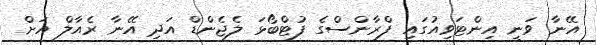
އޭނާ ވަނީ އިންޓަވިއުގައި ފްރާންސްގެ ފުޓްބޯޅަ ލެޖެންޑް އަދި އޭނާ ރެއާލް އަށް